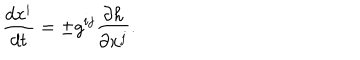
LaTeX: { \frac { d x ^ { i } } { d t } } = \pm g ^ { i j } { \frac { \partial h } { \partial x ^ { j } } } .